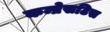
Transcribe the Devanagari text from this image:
कम्प्रेसटिस